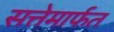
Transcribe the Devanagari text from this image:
सत्तेमार्फत